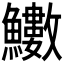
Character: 𩽋